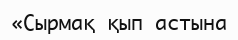
«Сырмақ қып астына